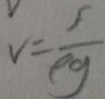
V = \frac { F } { \rho g }